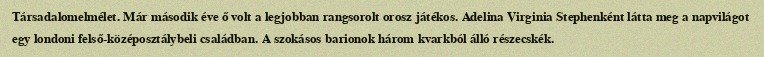
Társadalomelmélet. Már második éve ő volt a legjobban rangsorolt orosz játékos. Adelina Virginia Stephenként látta meg a napvilágot egy londoni felső-középosztálybeli családban. A szokásos barionok három kvarkból álló részecskék.